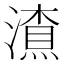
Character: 𱩃